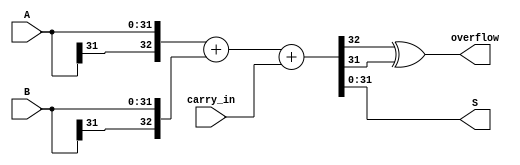
/*
 * 32-bit adder with overflow detection(wrapped for further optimization(maybe...))
*/
`timescale 1ns / 1ps
module Adder(
	input[31:0]     A,
	input[31:0]     B,
	input			carry_in,
	output[31:0]    S,
    output          overflow
);
    wire extra_sign;
	assign {extra_sign, S} = {A[31], A} + {B[31], B} + carry_in;
    assign overflow = extra_sign ^ S[31];
endmodule